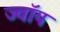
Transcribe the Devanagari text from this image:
ज्वॉय